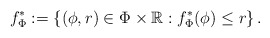
\begin{align*} f^*_\Phi :=\left\{ (\phi,r)\in\Phi\times\mathbb{R}: f^*_\Phi (\phi)\leq r\right\}.\end{align*}